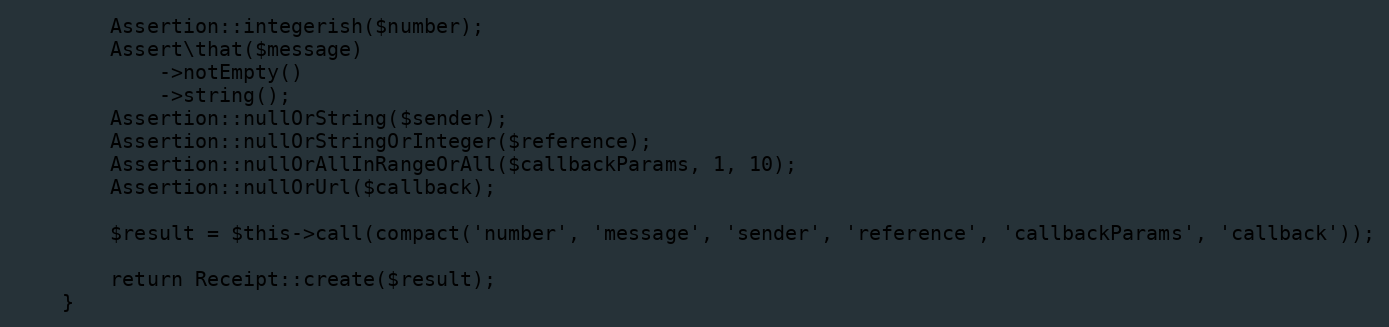
Language: PHP
        Assertion::integerish($number);
        Assert\that($message)
            ->notEmpty()
            ->string();
        Assertion::nullOrString($sender);
        Assertion::nullOrStringOrInteger($reference);
        Assertion::nullOrAllInRangeOrAll($callbackParams, 1, 10);
        Assertion::nullOrUrl($callback);

        $result = $this->call(compact('number', 'message', 'sender', 'reference', 'callbackParams', 'callback'));

        return Receipt::create($result);
    }